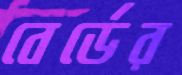
বের্ডের